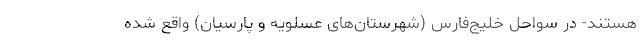
هستند- در سواحل خلیج‌فارس (شهرستان‌های عسلویه و پارسیان) واقع شده